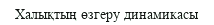
Халықтың өзгеру динамикасы